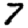
Digit: 7